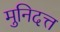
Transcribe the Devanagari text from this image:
मुनिदत्त